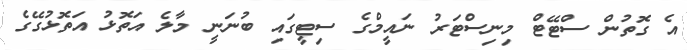
އެ ގޮތުން ސްޓޭޓް މިނިސްޓަރު ނައީމްގެ ސިޓީގައި ބުނަނީ މާލެ އަތޮޅު އަތޮޅުގޭގެ